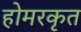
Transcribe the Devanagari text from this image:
होमरकृत